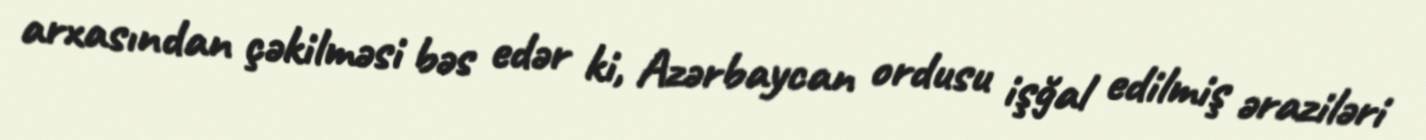
arxasından çəkilməsi bəs edər ki, Azərbaycan ordusu işğal edilmiş əraziləri